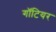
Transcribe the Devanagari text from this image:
गॉटियर